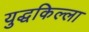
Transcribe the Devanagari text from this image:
युद्धकिल्ला